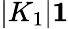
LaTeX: |K_{1}|\le 1